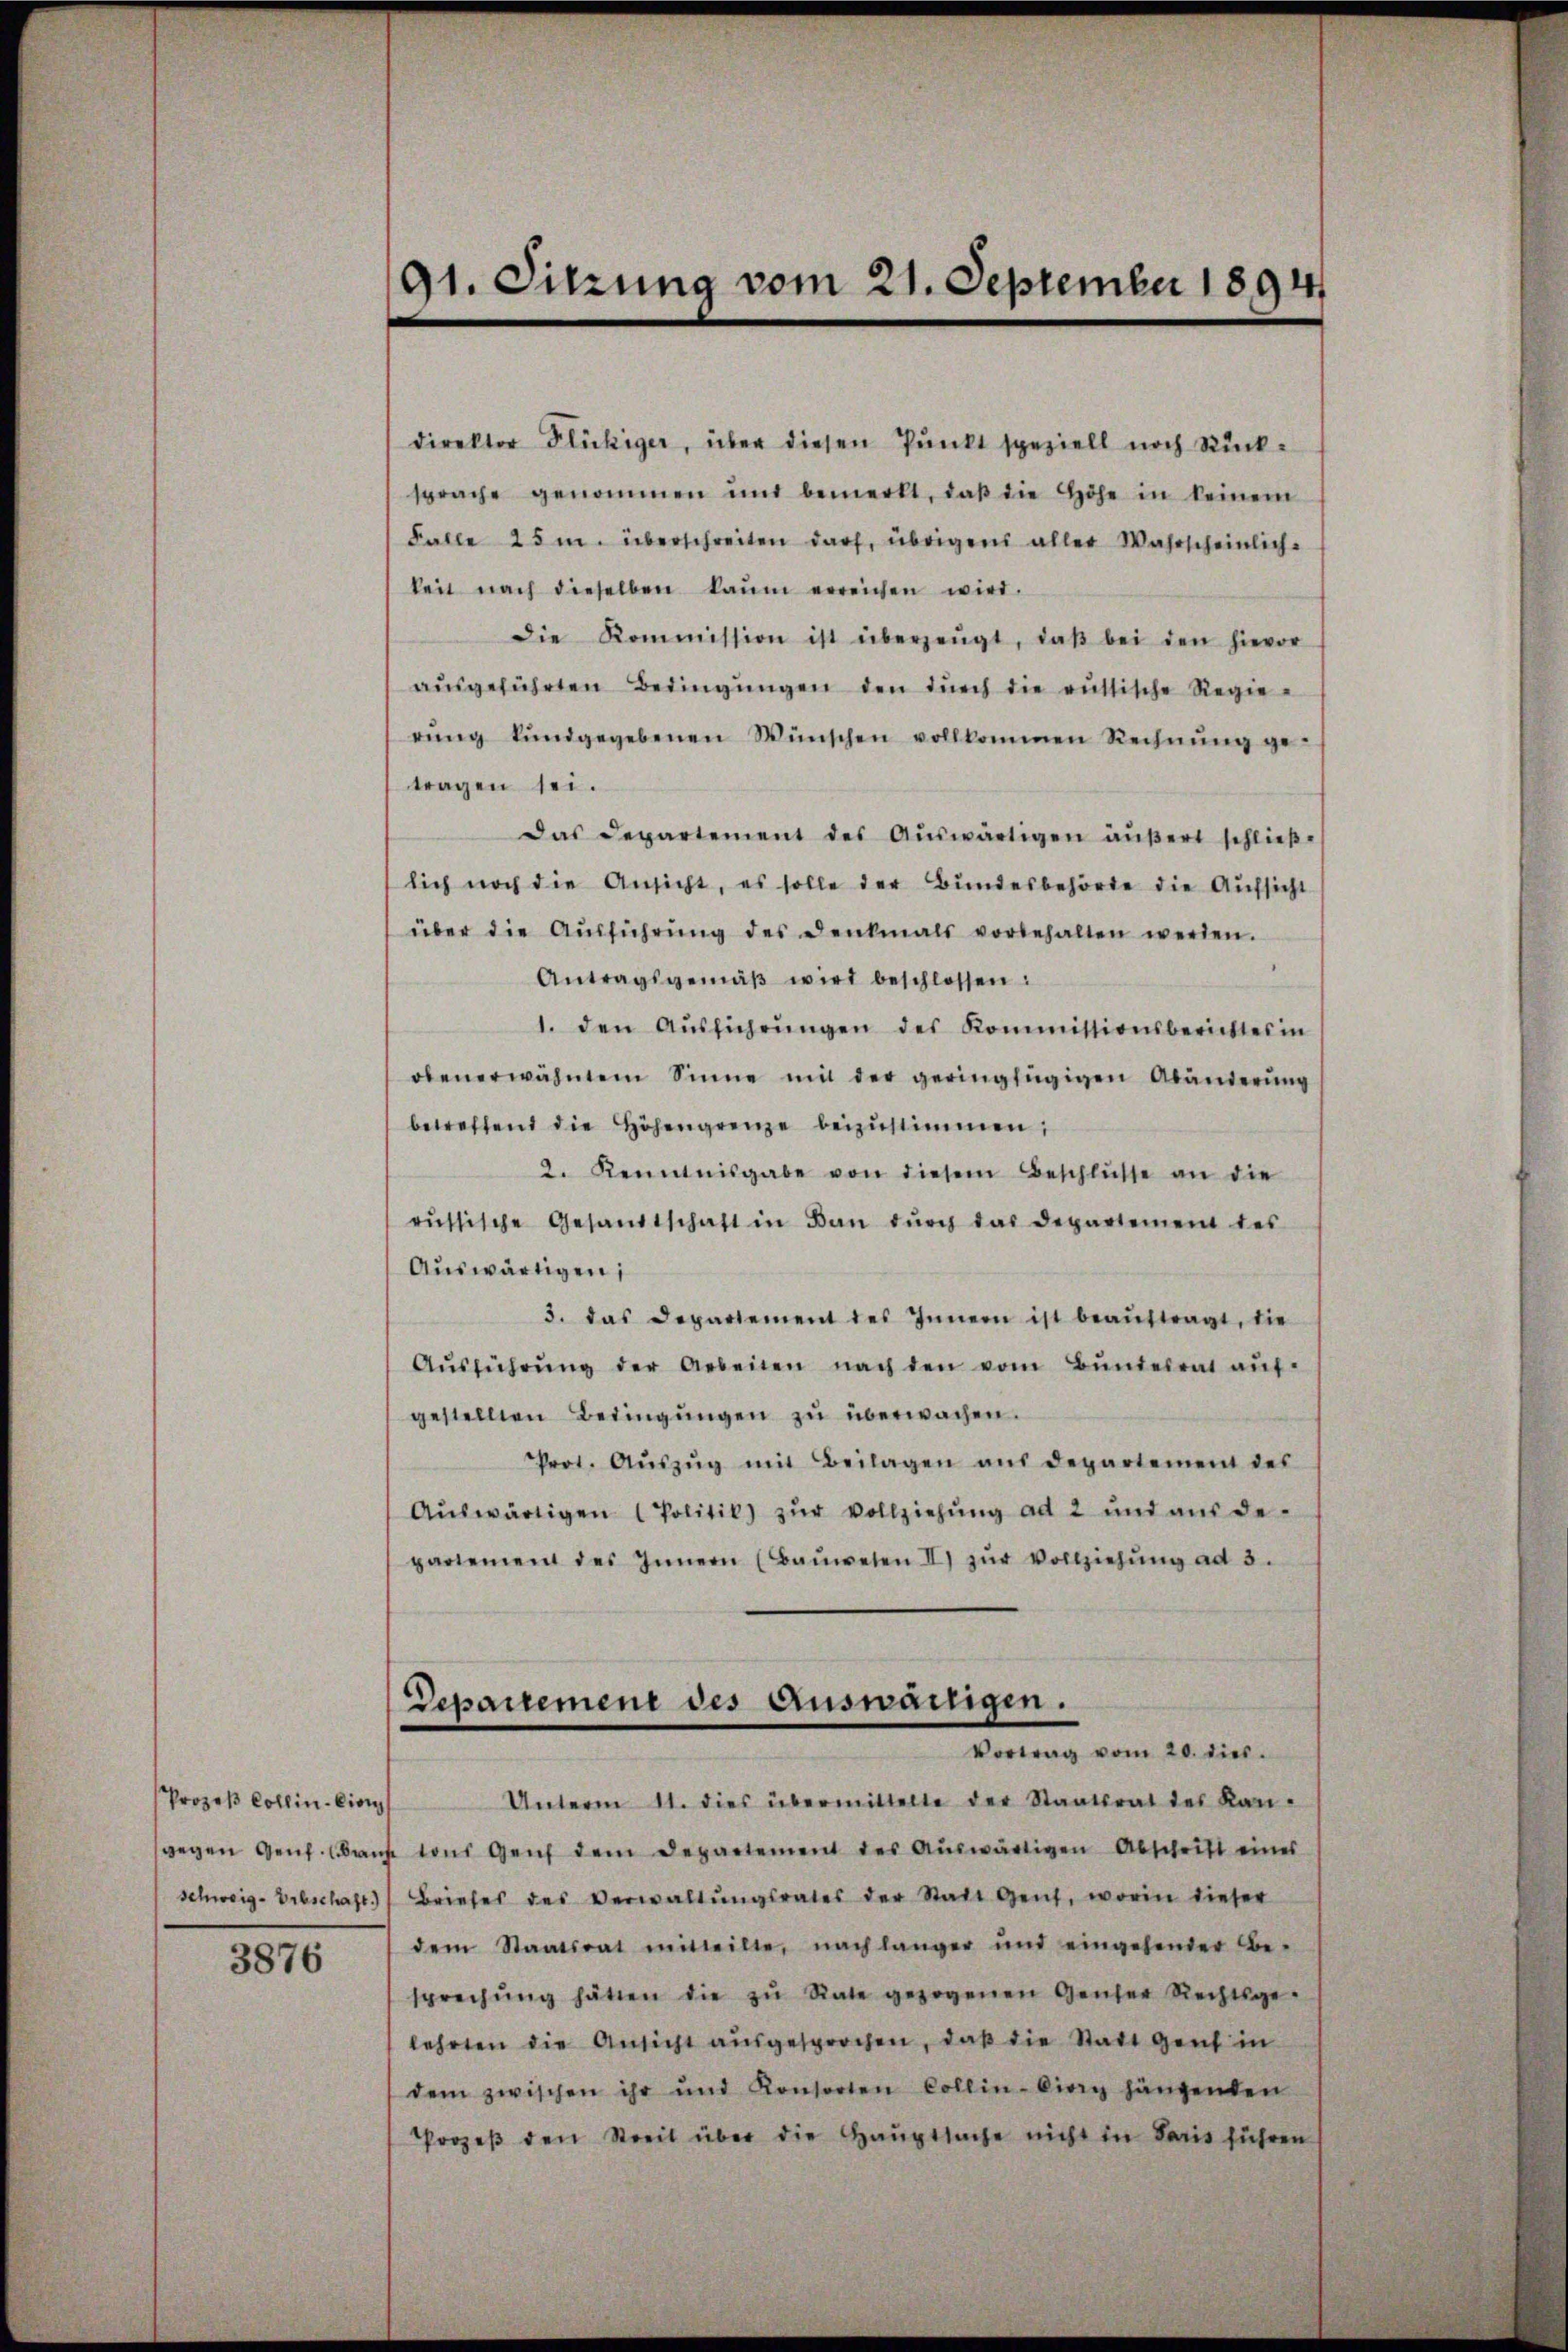
Prozeß Collin-Einn

3876

91. Sitzung vom 21. September 1894

direktor Flückiger, über diesen Punkt speziell noch Rücksprache genommen und bemerkt, daβ die Höhe in keinem
Falle 25 m. überschreiten darf, übrigens aller Wahrscheinlich-
keit nach dieselben kaum erreichen wird.
Die Kommission ist überzeugt, daβ bei den hievor
aŭsgeführten Bedingŭngen den dŭrch die russische Regierŭng kundgegebenen Wünschen vollkommen Rechnŭng ge-
tragen sei.
Das Departement des Aŭswärtigen äußert schlieβ-
lich noch die Ansicht, es solle der Bundesbehörde die Aufsicht
über die Aŭsführŭng des Denkmals vorbehalten werden.
Antragsgemäβ wird beschlossen:
1. den Aŭsführŭngen des Kommissionsberichtes in
obenerwähntem Sinne mit der geringfügigen Abänderŭng
betreffend die Höhengrenze beizŭstimmen,
2. Kenntnisgabe von diesem Beschlüsse an die
russische Gesandtschaft in Bau dŭrch das Departement des
Auswärtigen,
5. das Departement des Innern ist beaŭftragt, die
Aŭsführŭng der Arbeiten nach den vom Bŭndesrat aŭf-
gestellten Bedingŭngen zŭ überwachen.
Prot. Aŭszŭg mit Beilagen aŭs departement des
Aŭswärtigen (Politik) zŭr Vollziehŭng ad 2 und aŭs de-
partement des Innern (Baŭwesen II) zŭr Vollziehŭng ad 3.

Departement des Auswanigen.
Vortrag vom 20. dies.

Unterm 11. dies übermittelte der Staatsrat des Kan-
sgegen Genf. Baŭte von Genf dem Departement des Auswärtigen Abschrift eines
Schweig-Vrbschaft Briefes des Verwaltŭngsrates der Statt Gent, worin dieser
dem Staatsrat mitteilte, nach länger und eingehender Be-
sprechŭng hätten die zŭ Rate gezogenen Gener Rechtsge-
lehrten die Ansicht aŭsgesprochen, daβ die Statt Genf in
dem zwischen ihr und Konsorten Collin-Cirry hängenden
Prozeβ den Streit über die Hauptsache nicht in Paris führen